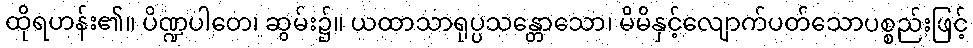
ထိုရဟန်း၏။ ပိဏ္ဍပါတေ၊ ဆွမ်း၌။ ယထာသာရုပ္ပသန္တောသော၊ မိမိနှင့်လျောက်ပတ်သောပစ္စည်းဖြင့်